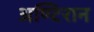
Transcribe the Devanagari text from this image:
अण्टिरान